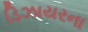
ડિઝાયરના